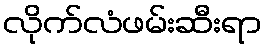
လိုက်လံဖမ်းဆီးရာ